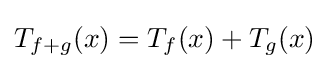
T_{f+g}(x)=T_{f}(x)+T_{g}(x)